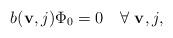
LaTeX: \begin{align*}b({\bf v},j)\Phi_0=0\quad \forall\,\, {\bf v},j,\end{align*}